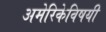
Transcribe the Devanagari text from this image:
अमेरिकेविषयी